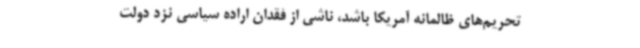
تحریم‌های ظالمانه آمریکا باشد، ناشی از فقدان اراده سیاسی نزد دولت